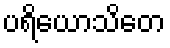
ပရိယောသိတေ